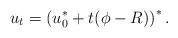
LaTeX: \begin{align*}u_{t}=\left(u_{0}^{*}+t(\phi-R)\right)^{*}.\end{align*}